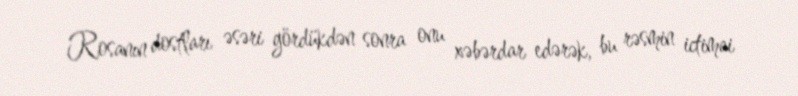
Rosanın dostları əsəri gördükdən sonra onu xəbərdar edərək, bu rəsmin ictimai